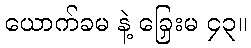
ယောက်ခမ နဲ့ ခြှေးမ ၄၃။